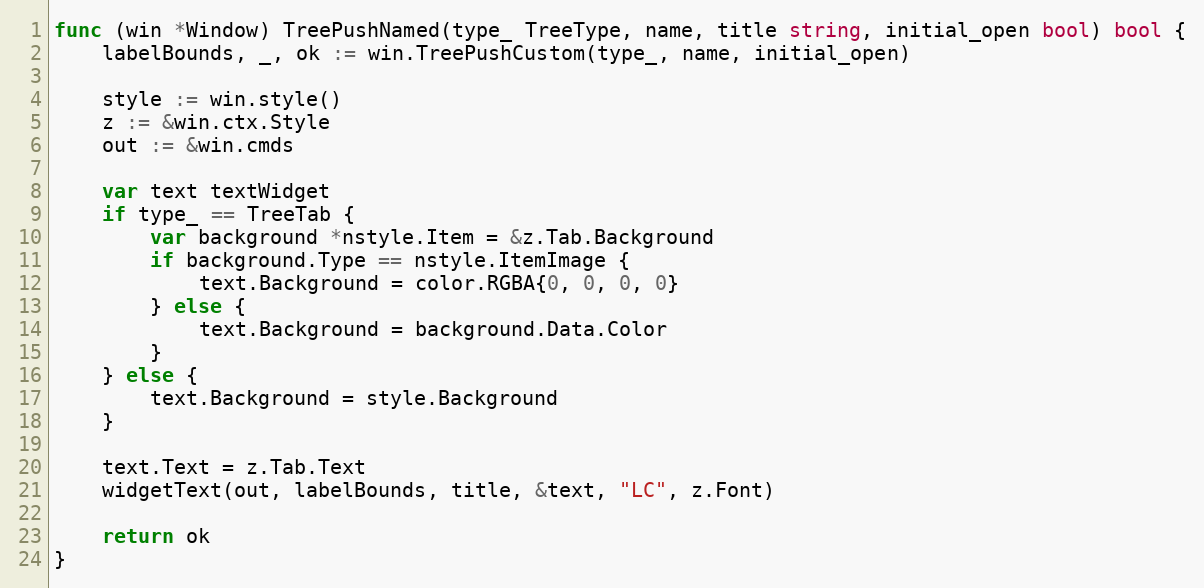
Language: Go
func (win *Window) TreePushNamed(type_ TreeType, name, title string, initial_open bool) bool {
	labelBounds, _, ok := win.TreePushCustom(type_, name, initial_open)

	style := win.style()
	z := &win.ctx.Style
	out := &win.cmds

	var text textWidget
	if type_ == TreeTab {
		var background *nstyle.Item = &z.Tab.Background
		if background.Type == nstyle.ItemImage {
			text.Background = color.RGBA{0, 0, 0, 0}
		} else {
			text.Background = background.Data.Color
		}
	} else {
		text.Background = style.Background
	}

	text.Text = z.Tab.Text
	widgetText(out, labelBounds, title, &text, "LC", z.Font)

	return ok
}